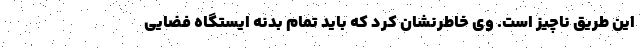
این طریق ناچیز است. وی خاطرنشان کرد که باید تمام بدنه ایستگاه فضایی